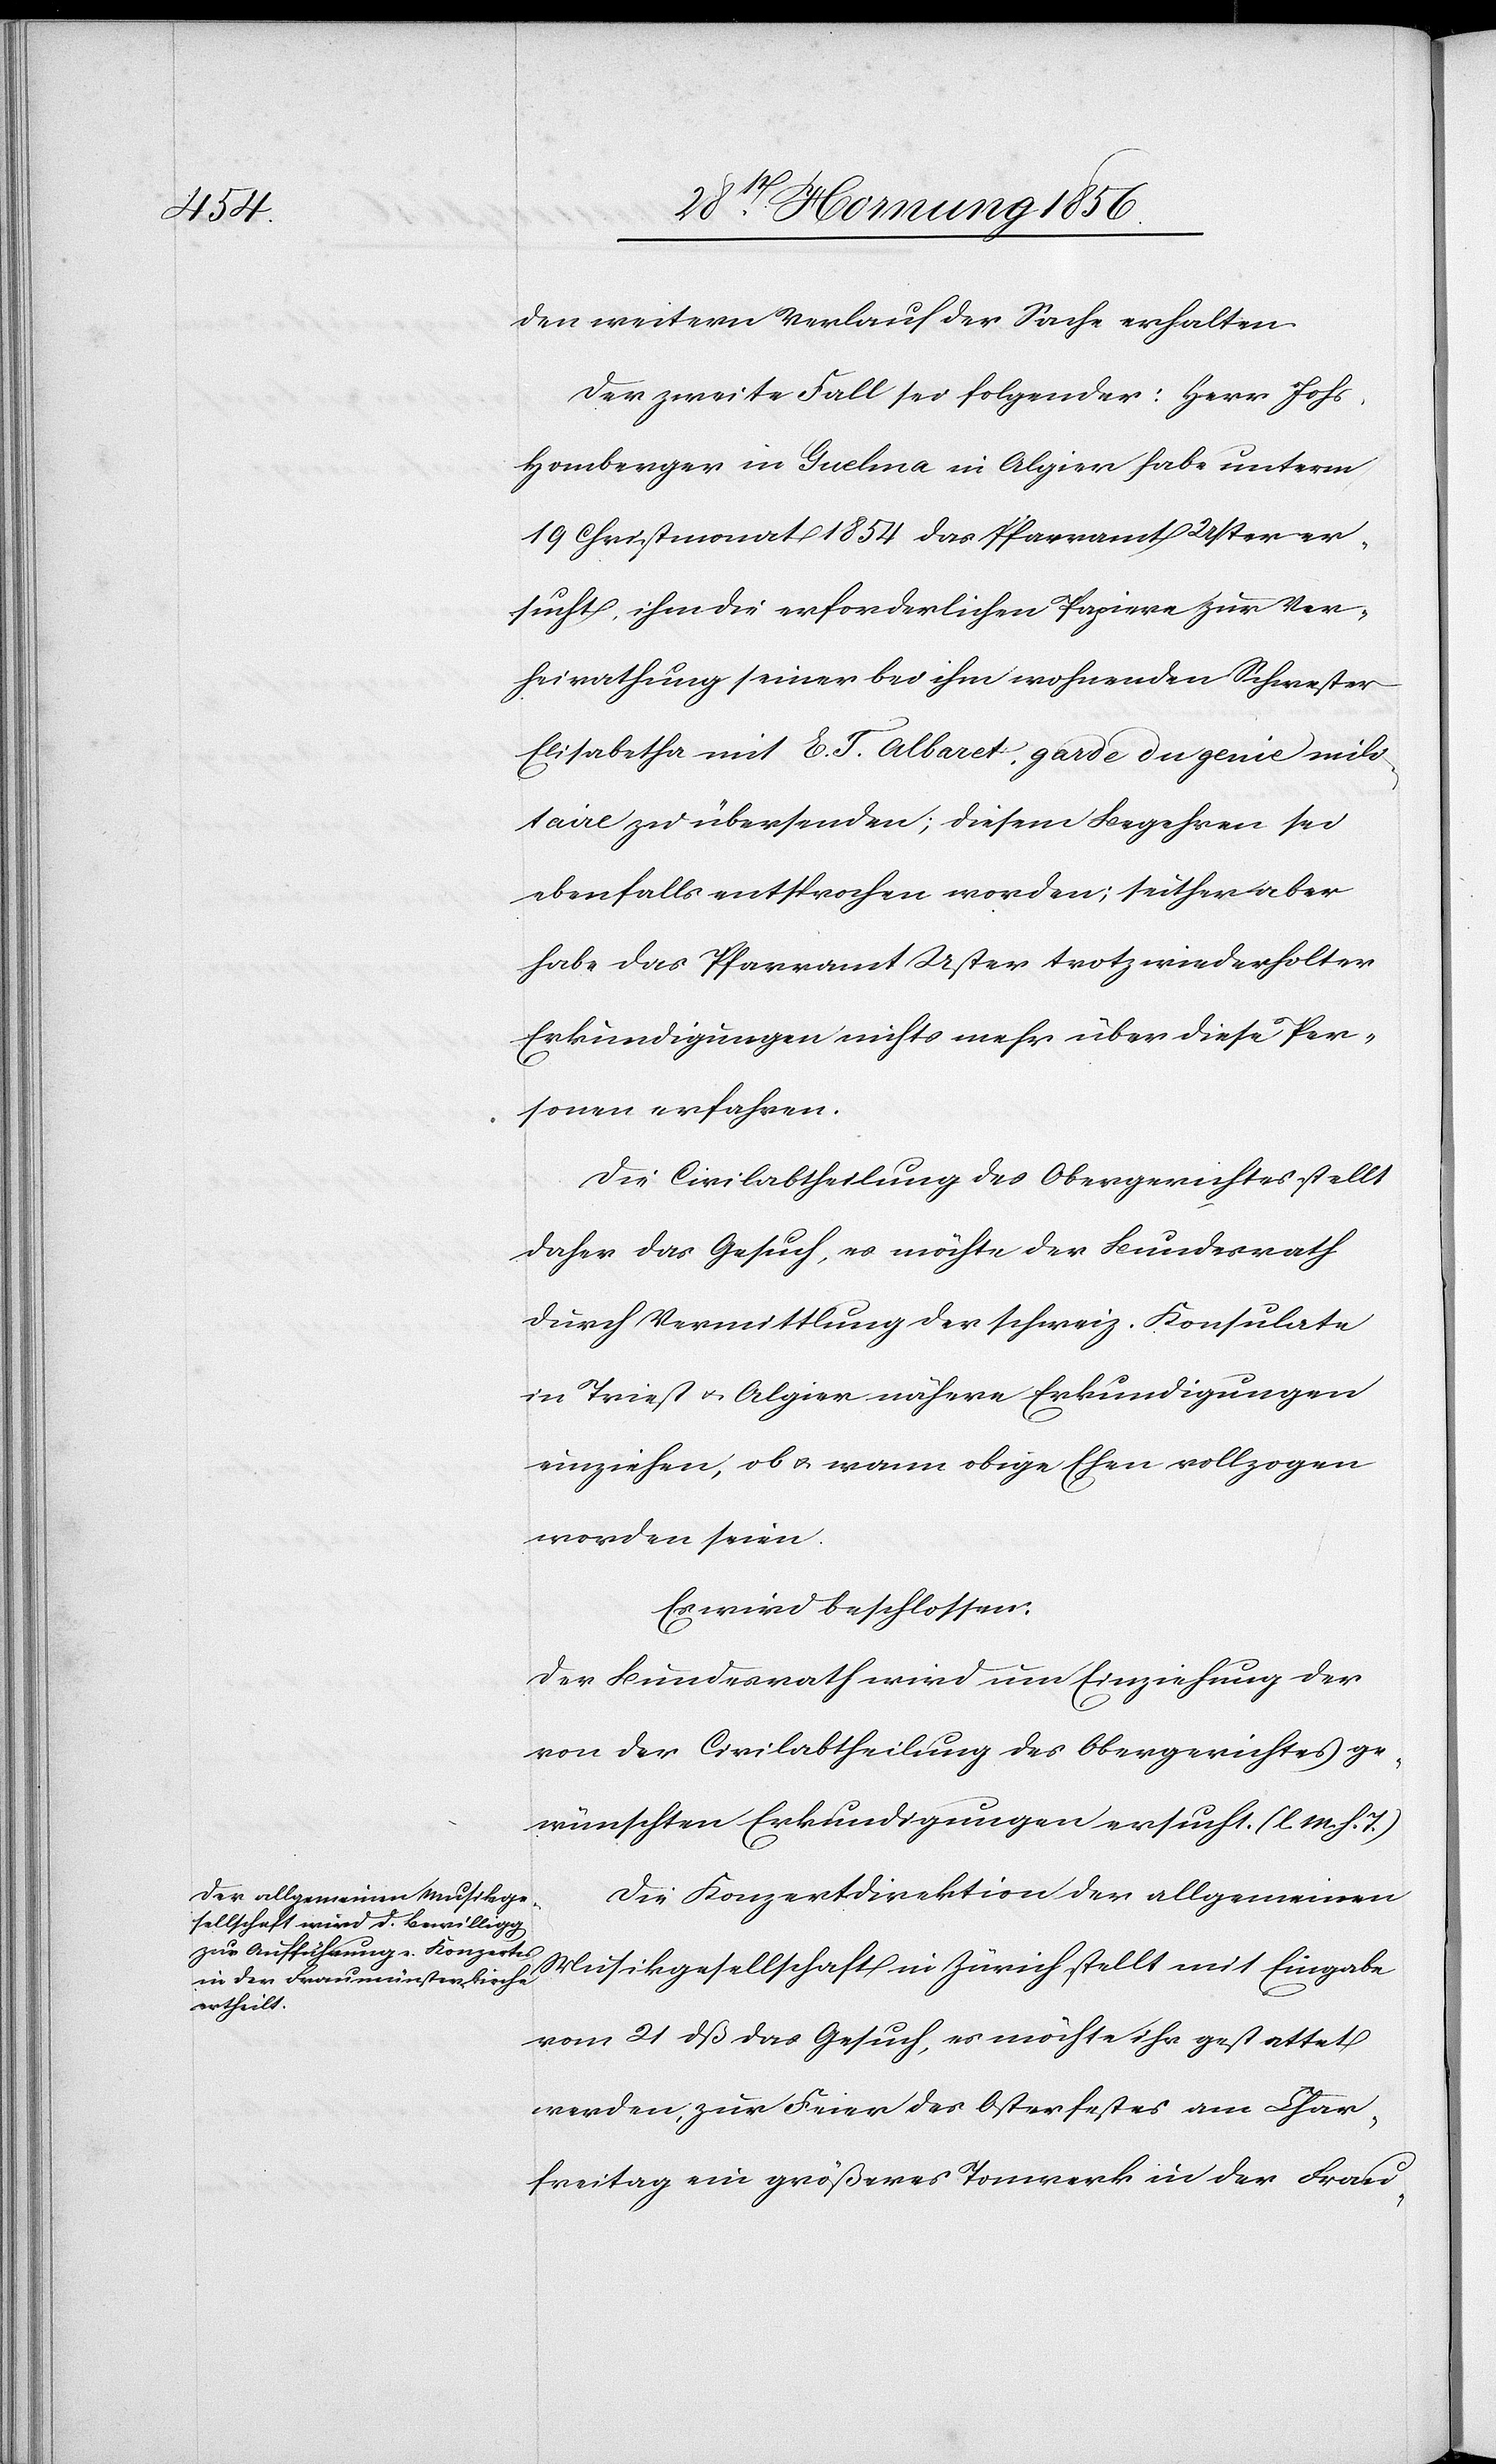
den weiteren Verlauft der Sache erhalten.
Der zweite Fall sei folgender: Herr Johs.
Homberger in Guelma in Algier habe unterm
19 Christmonat 1854 das Pfarramt Uster er¬
sucht, ihm die erforderlichen Papiere zur Ver¬
heiratung seiner bei ihm wohnenden Schwester
Elisabetha mit E. T. Albaret, garde du genie mili¬
taire zu übersenden; diesem Begehren sei
ebenfalls entsprochen worden; seither aber
habe das Pfarramt Uster trotz wiederholter
Erkundigungen nichts mehr über diese Per¬
sonen erfahren.
Die Civilabtheilung des Obergerichtes stellt
daher das Gesuch, es möchte der Bundesrath
durch Vermittlung der schweiz. Konsulate
in Triest u. Algier nähere Erkundigungen
einziehen, ob u. wann obige Ehen vollzogen
worden seien.
Es wird beschlossen:
Der Bundesrath wird um Einziehung der
von der Civilabtheilung des Obergerichtes ge¬
wünschten Erkundigungen ersucht. (l. M. h. T.)
Die Konzertdirektion in Zürich stellt
vom 21 dß das Gesuch, es möchte ihr gestattet
werden, zur Feier des Osterfestes am Char¬
freitag ein größeres Tonwerk in der Frau-